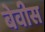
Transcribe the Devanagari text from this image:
बेवीस